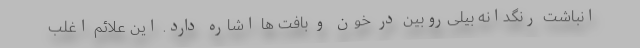
انباشت رنگدانه بیلی‌روبین در خون و بافت ها اشاره دارد. این علائم اغلب